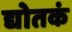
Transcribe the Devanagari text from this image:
द्योतकं